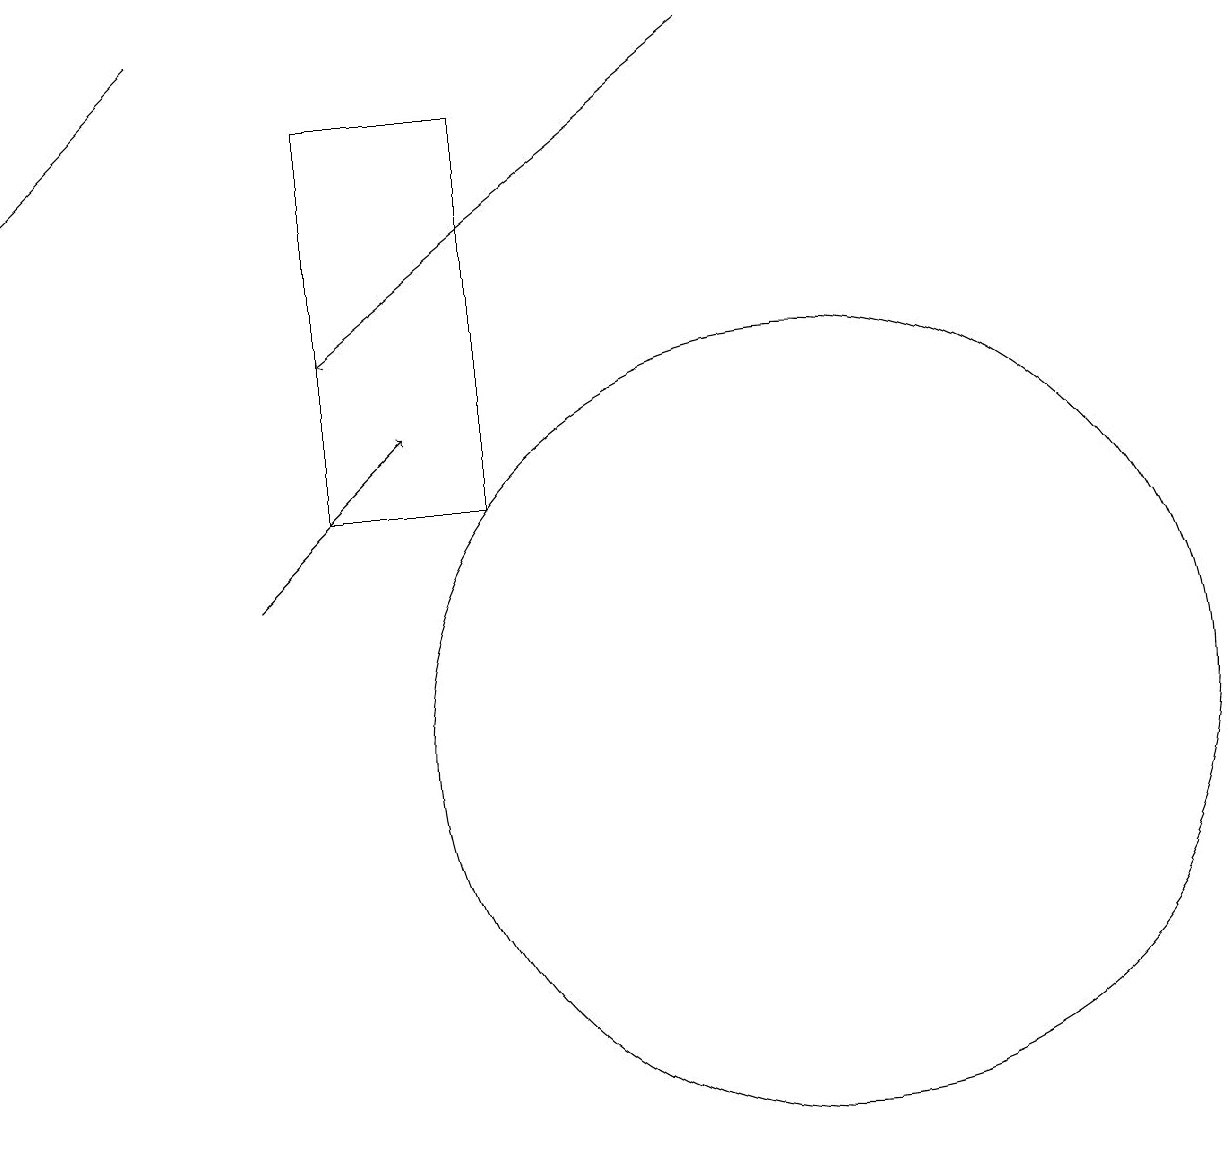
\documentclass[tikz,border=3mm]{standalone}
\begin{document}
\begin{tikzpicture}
\draw (10,10) circle (5);
\draw[->] (2,19) -- (0,17);
\draw[->] (9,19) -- (4,15);
\draw (6,18) rectangle (4,13);
\draw[->] (3,12) -- (5,14);
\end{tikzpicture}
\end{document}